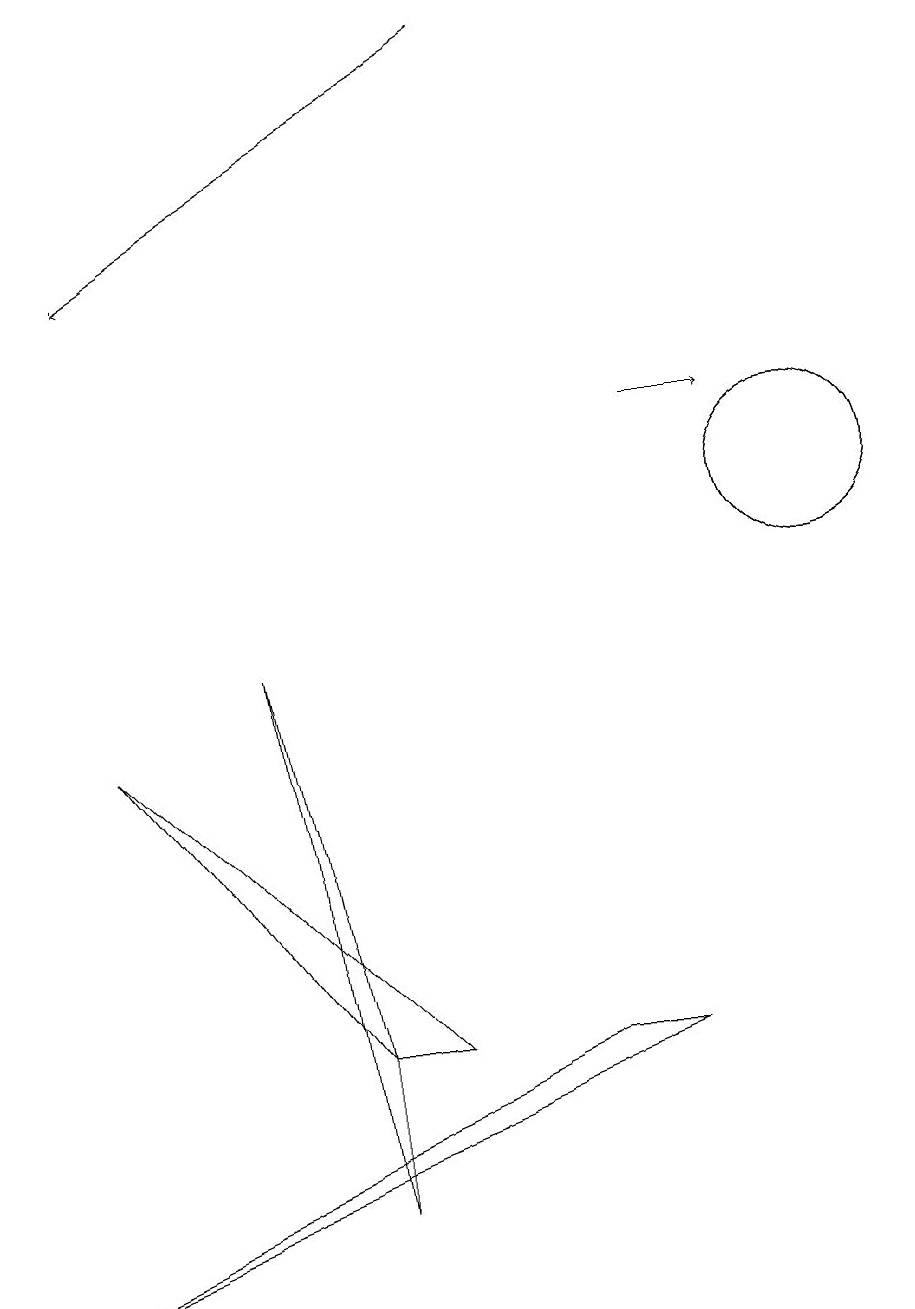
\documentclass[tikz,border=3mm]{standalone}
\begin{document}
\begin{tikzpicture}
\draw (10,11) circle (1);
\draw (8,4) -- (0,1) -- (7,4) -- cycle;
\draw[->] (8,12) -- (9,12);
\draw[->] (6,17) -- (1,14);
\draw (5,4) -- (1,8) -- (4,4) -- cycle;
\draw (4,2) -- (4,4) -- (3,9) -- cycle;
\draw (10,11) circle (1);
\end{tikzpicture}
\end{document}